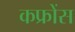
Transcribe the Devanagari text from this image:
कफ्रोंस